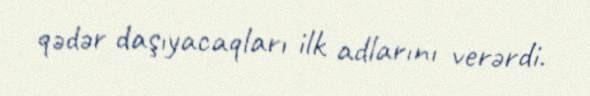
qədər daşıyacaqları ilk adlarını verərdi.